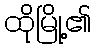
ထိုမြို့၏